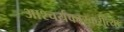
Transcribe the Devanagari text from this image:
आश्चर्यकारकरीत्या